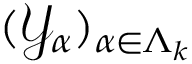
( { \mathscr Y } _ { \alpha } ) _ { \alpha \in \Lambda _ { k } }